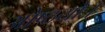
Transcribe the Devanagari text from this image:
ओष्ठयोः।